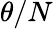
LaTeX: \theta/N